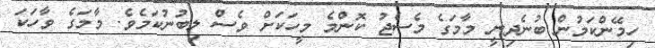
ހިމޭންކަމުން ބުނެދިނީ މާމަގެ މެސެޖު ކޮންމެ މީހަކަށް ވެސް ލިބުނުކަމެވެ. މާމަގެ ވާހަކަ